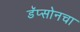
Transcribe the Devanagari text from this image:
डॅप्सोनचा